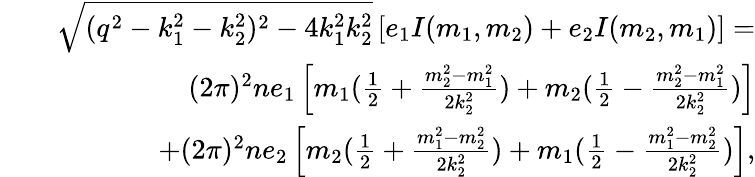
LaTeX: \begin{array}{rlr}&{}&{\sqrt{(q^{2}-k_{1}^{2}-k_{2}^{2})^{2}-4k_{1}^{2}k_{2}^{2}}\left[e_{1}I(m_{1},m_{2})+e_{2}I(m_{2},m_{1})\right]=}\\ &{}&{(2\pi)^{2}ne_{1}\left[m_{1}(\frac{1}{2}+\frac{m_{2}^{2}-m_{1}^{2}}{2k_{2}^{2}})+m_{2}(\frac{1}{2}-\frac{m_{2}^{2}-m_{1}^{2}}{2k_{2}^{2}})\right]}\\ &{}&{+(2\pi)^{2}ne_{2}\left[m_{2}(\frac{1}{2}+\frac{m_{1}^{2}-m_{2}^{2}}{2k_{2}^{2}})+m_{1}(\frac{1}{2}-\frac{m_{1}^{2}-m_{2}^{2}}{2k_{2}^{2}})\right],}\end{array}